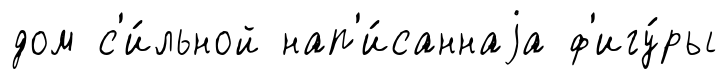
дом с'и́льной нап'и́саннаjа ф'игу́ры